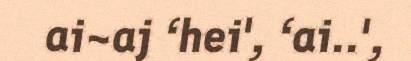
ai~aj ‘hei', ‘ai..',